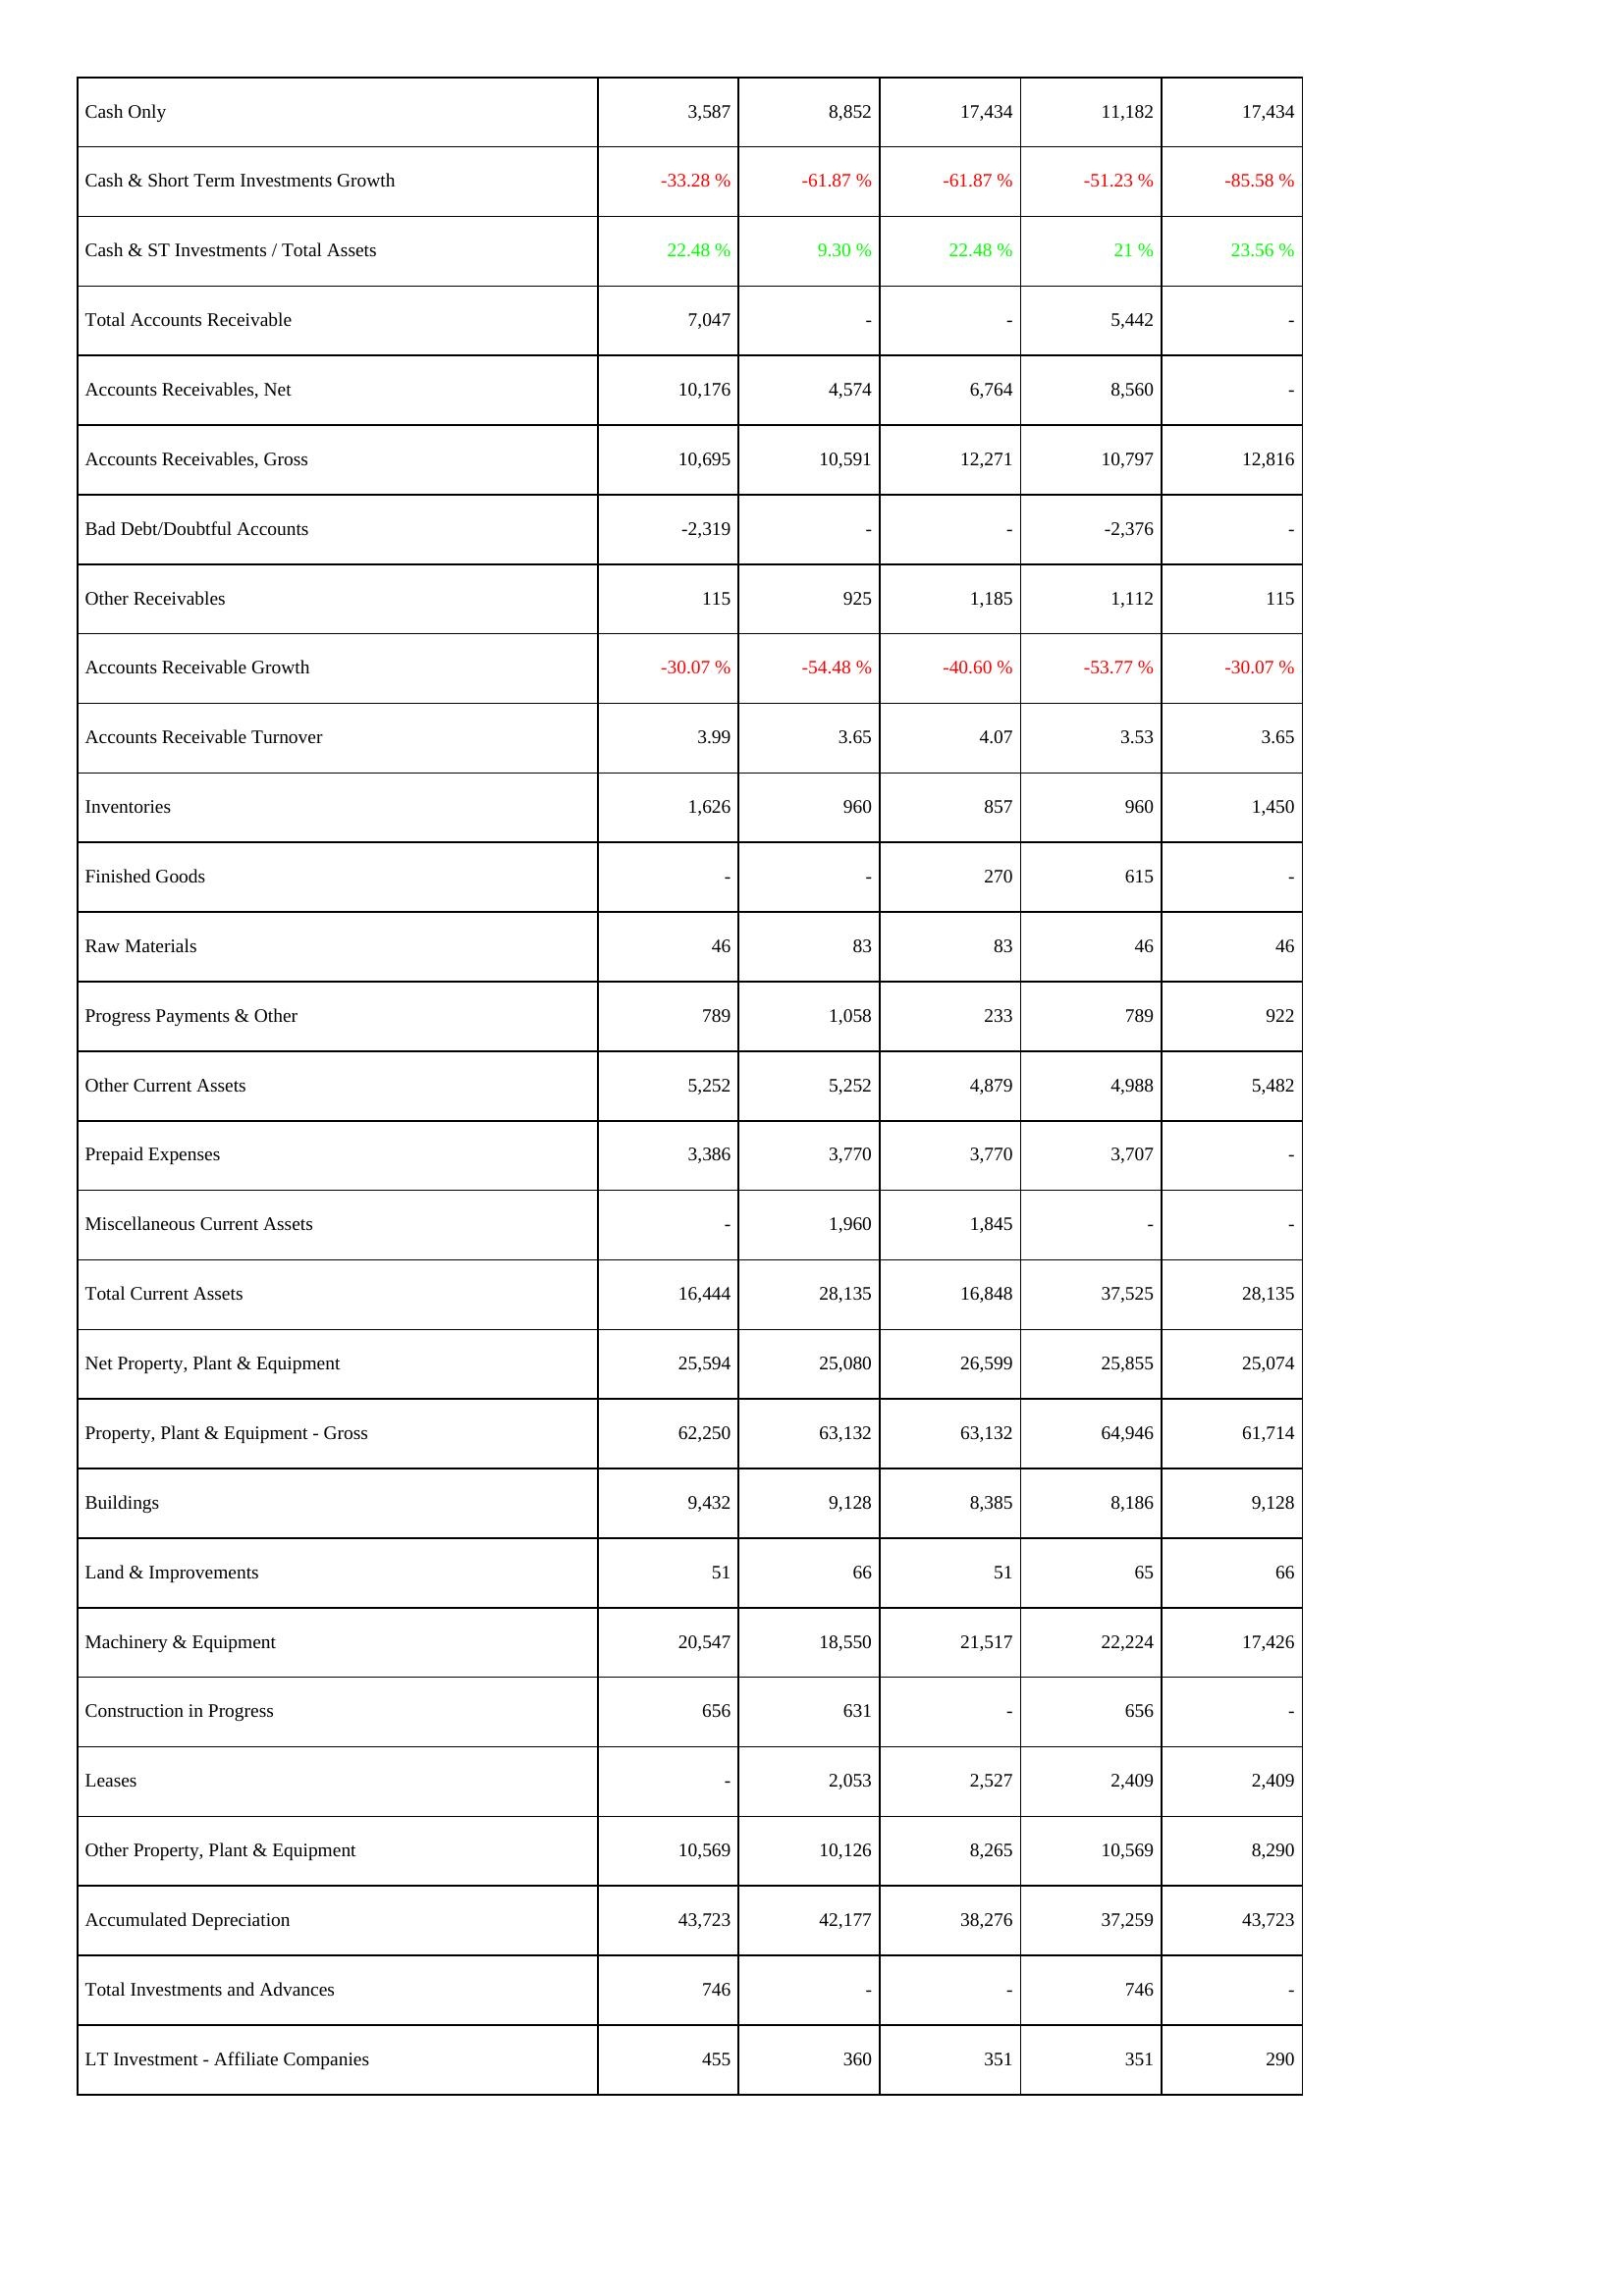
2009: Assets: Cash Only: 3,587
Cash & Short Term Investments Growth: -33.28 %
Cash & ST Investments / Total Assets: 22.48 %
Total Accounts Receivable: 7,047
Accounts Receivables, Net: 10,176
Accounts Receivables, Gross: 10,695
Bad Debt/Doubtful Accounts: -2,319
Other Receivables: 115
Accounts Receivable Growth: -30.07 %
Accounts Receivable Turnover: 3.99
Inventories: 1,626
Finished Goods: -
Raw Materials: 46
Progress Payments & Other: 789
Other Current Assets: 5,252
Prepaid Expenses: 3,386
Miscellaneous Current Assets: -
Total Current Assets: 16,444
Net Property, Plant & Equipment: 25,594
Property, Plant & Equipment - Gross: 62,250
Buildings: 9,432
Land & Improvements: 51
Machinery & Equipment: 20,547
Construction in Progress: 656
Leases: -
Other Property, Plant & Equipment: 10,569
Accumulated Depreciation: 43,723
Total Investments and Advances: 746
LT Investment - Affiliate Companies: 455
2008: Assets: Cash Only: 8,852
Cash & Short Term Investments Growth: -61.87 %
Cash & ST Investments / Total Assets: 9.30 %
Total Accounts Receivable: -
Accounts Receivables, Net: 4,574
Accounts Receivables, Gross: 10,591
Bad Debt/Doubtful Accounts: -
Other Receivables: 925
Accounts Receivable Growth: -54.48 %
Accounts Receivable Turnover: 3.65
Inventories: 960
Finished Goods: -
Raw Materials: 83
Progress Payments & Other: 1,058
Other Current Assets: 5,252
Prepaid Expenses: 3,770
Miscellaneous Current Assets: 1,960
Total Current Assets: 28,135
Net Property, Plant & Equipment: 25,080
Property, Plant & Equipment - Gross: 63,132
Buildings: 9,128
Land & Improvements: 66
Machinery & Equipment: 18,550
Construction in Progress: 631
Leases: 2,053
Other Property, Plant & Equipment: 10,126
Accumulated Depreciation: 42,177
Total Investments and Advances: -
LT Investment - Affiliate Companies: 360
2007: Assets: Cash Only: 17,434
Cash & Short Term Investments Growth: -61.87 %
Cash & ST Investments / Total Assets: 22.48 %
Total Accounts Receivable: -
Accounts Receivables, Net: 6,764
Accounts Receivables, Gross: 12,271
Bad Debt/Doubtful Accounts: -
Other Receivables: 1,185
Accounts Receivable Growth: -40.60 %
Accounts Receivable Turnover: 4.07
Inventories: 857
Finished Goods: 270
Raw Materials: 83
Progress Payments & Other: 233
Other Current Assets: 4,879
Prepaid Expenses: 3,770
Miscellaneous Current Assets: 1,845
Total Current Assets: 16,848
Net Property, Plant & Equipment: 26,599
Property, Plant & Equipment - Gross: 63,132
Buildings: 8,385
Land & Improvements: 51
Machinery & Equipment: 21,517
Construction in Progress: -
Leases: 2,527
Other Property, Plant & Equipment: 8,265
Accumulated Depreciation: 38,276
Total Investments and Advances: -
LT Investment - Affiliate Companies: 351
2006: Assets: Cash Only: 11,182
Cash & Short Term Investments Growth: -51.23 %
Cash & ST Investments / Total Assets: 21 %
Total Accounts Receivable: 5,442
Accounts Receivables, Net: 8,560
Accounts Receivables, Gross: 10,797
Bad Debt/Doubtful Accounts: -2,376
Other Receivables: 1,112
Accounts Receivable Growth: -53.77 %
Accounts Receivable Turnover: 3.53
Inventories: 960
Finished Goods: 615
Raw Materials: 46
Progress Payments & Other: 789
Other Current Assets: 4,988
Prepaid Expenses: 3,707
Miscellaneous Current Assets: -
Total Current Assets: 37,525
Net Property, Plant & Equipment: 25,855
Property, Plant & Equipment - Gross: 64,946
Buildings: 8,186
Land & Improvements: 65
Machinery & Equipment: 22,224
Construction in Progress: 656
Leases: 2,409
Other Property, Plant & Equipment: 10,569
Accumulated Depreciation: 37,259
Total Investments and Advances: 746
LT Investment - Affiliate Companies: 351
2005: Assets: Cash Only: 17,434
Cash & Short Term Investments Growth: -85.58 %
Cash & ST Investments / Total Assets: 23.56 %
Total Accounts Receivable: -
Accounts Receivables, Net: -
Accounts Receivables, Gross: 12,816
Bad Debt/Doubtful Accounts: -
Other Receivables: 115
Accounts Receivable Growth: -30.07 %
Accounts Receivable Turnover: 3.65
Inventories: 1,450
Finished Goods: -
Raw Materials: 46
Progress Payments & Other: 922
Other Current Assets: 5,482
Prepaid Expenses: -
Miscellaneous Current Assets: -
Total Current Assets: 28,135
Net Property, Plant & Equipment: 25,074
Property, Plant & Equipment - Gross: 61,714
Buildings: 9,128
Land & Improvements: 66
Machinery & Equipment: 17,426
Construction in Progress: -
Leases: 2,409
Other Property, Plant & Equipment: 8,290
Accumulated Depreciation: 43,723
Total Investments and Advances: -
LT Investment - Affiliate Companies: 290